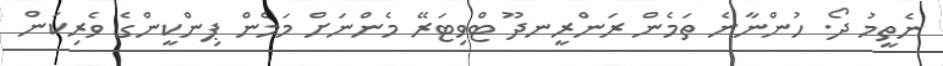
ނެތީމު ދޯ. ހުންނާނެ ތަމެން ރަންރީނދޫ ޓްވިޓަރޭ މެންނަށް މަމެން ޕިންކީންގެ ވެރިކަން